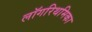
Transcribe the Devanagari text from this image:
लॉगरिथमिका